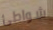
شواطئ